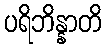
ပရိဘိန္နာတိ